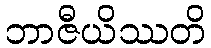
ဘာဇီယိဿတိ